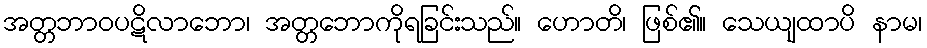
အတ္တဘာဝပဋိလာဘော၊ အတ္တဘောကိုရခြင်းသည်။ ဟောတိ၊ ဖြစ်၏။ သေယျထာပိ နာမ၊